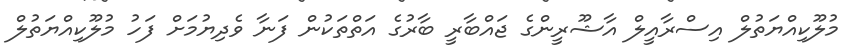
މުލޫކިއްޔަތުލް އިސްރާއީލް އާޝޫރީންގެ ޖައްބާރީ ބާރުގެ އަތްތަކުން ފަނާ ވެދިޔުމަށް ފަހު މުލޫކިއްޔަތުލް